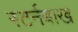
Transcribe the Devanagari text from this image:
स्टर्नबाख